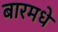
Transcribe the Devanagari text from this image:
बारमधे